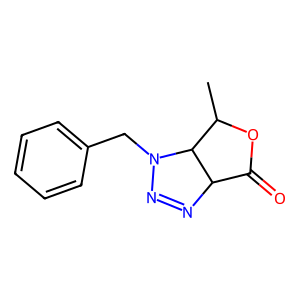
SMILES: CC1OC(=O)C2N=NN(Cc3ccccc3)C12
Inhibits HIV replication: No